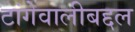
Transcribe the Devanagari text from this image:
टांगेवालीबद्दल